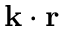
{ \mathbf { k } } \cdot { \mathbf { r } }